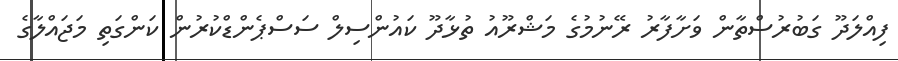
ފިއްލަދޫ ގަބުރުސްތާން ވަށާފާރު ރޭނުމުގެ މަޝްރޫއު ތުޅާދޫ ކައުންސިލް ސަސްޕެންޑްކުރުން ކަންގަތި މަޖައްލާގެ